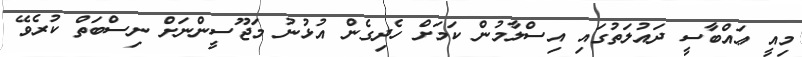
މިއީ ޢައްބާސީ ދައުލަތުގައި އިސްލާމުން ކަމަށް ހެދިގެން އުޅުނު މަޖޫސީންނަށް ނިސްބަތް ކުރެވޭ